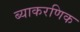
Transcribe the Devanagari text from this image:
ब्याकरणिक